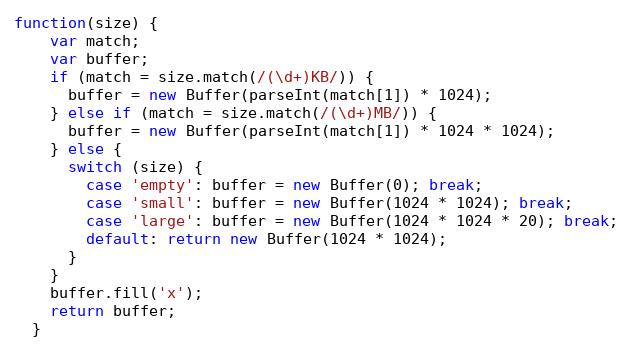
Language: JavaScript
function(size) {
    var match;
    var buffer;
    if (match = size.match(/(\d+)KB/)) {
      buffer = new Buffer(parseInt(match[1]) * 1024);
    } else if (match = size.match(/(\d+)MB/)) {
      buffer = new Buffer(parseInt(match[1]) * 1024 * 1024);
    } else {
      switch (size) {
        case 'empty': buffer = new Buffer(0); break;
        case 'small': buffer = new Buffer(1024 * 1024); break;
        case 'large': buffer = new Buffer(1024 * 1024 * 20); break;
        default: return new Buffer(1024 * 1024);
      }
    }
    buffer.fill('x');
    return buffer;
  }